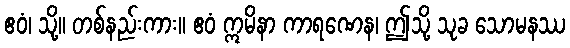
ဧဝံ၊ သို့။ တစ်နည်းကား။ ဧဝံ ဣမိနာ ကာရဏေန၊ ဤသို့ သုခ သောမနဿ